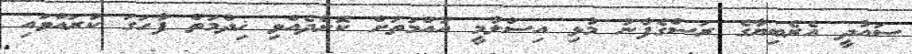
ސައުދީ އެރެބިޔާގެ ރަސްގެފާނު މުޅި އިސްލާމީ އުއްމަތަށް ކޮށްދެއްވި ޚިދްމަތް ފާހަގަ ކުރައްވައި